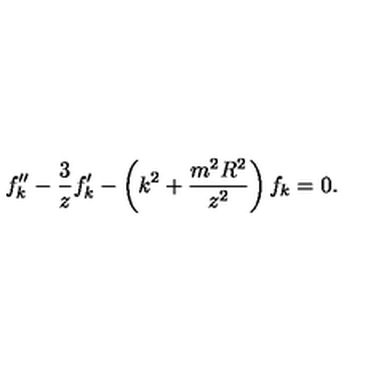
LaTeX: f _ { k } ^ { \prime \prime } - { \frac { 3 } { z } } f _ { k } ^ { \prime } - \left( k ^ { 2 } + { \frac { m ^ { 2 } R ^ { 2 } } { z ^ { 2 } } } \right) f _ { k } = 0 .